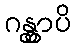
ဂန္တွာပိ